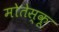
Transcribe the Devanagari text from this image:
मोतेस्कू